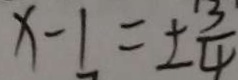
x - 1 = \pm \frac { 3 } { 4 }